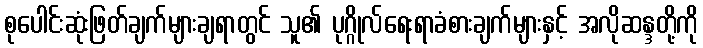
စုပေါင်းဆုံးဖြတ်ချက်များချရာတွင် သူ၏ ပုဂ္ဂိုလ်ရေးရာခံစားချက်များနှင့် အလိုဆန္ဒတို့ကို